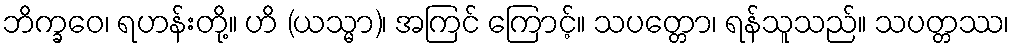
ဘိက္ခဝေ၊ ရဟန်းတို့။ ဟိ (ယသ္မာ)၊ အကြင် ကြောင့်။ သပတ္တော၊ ရန်သူသည်။ သပတ္တဿ၊